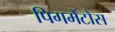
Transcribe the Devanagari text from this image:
पिगमेंटोस